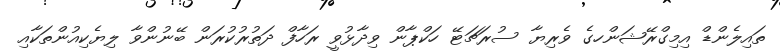
ތައިލެންޑް އިމިގްރޭޝަންހގެ ވެރިޔާ ސުރަޗަޓޭ ހަކްޕާން ވިދާޅުވީ ރަހާފް ދަތުރުކުރަން ބޭނުންވާ ލިޔެކިއުންތަކާއި